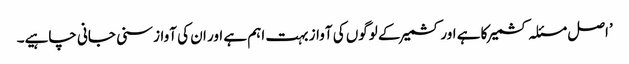
’اصل مسئلہ کشمیر کا ہے اور کشمیر کے لوگوں کی آواز بہت اہم ہے اور ان کی آواز سنی جانی چاہیے۔